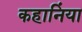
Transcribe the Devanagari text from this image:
कहानिंया